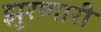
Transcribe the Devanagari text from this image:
झुरणारी